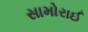
સામોરાઈ